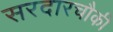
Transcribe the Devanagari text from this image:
सरदारचौकी